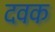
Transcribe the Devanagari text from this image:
दवक